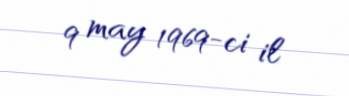
9 may 1969-ci il